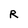
Character: R